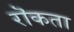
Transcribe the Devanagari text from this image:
रॊकता